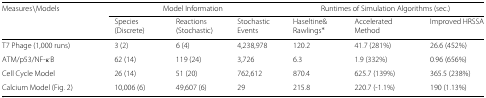
<table><thead><tr><td><b>Measures ∖Models</b></td><td colspan="3"><b>Model Information</b></td><td colspan="3"><b>Runtimes of Simulation Algorithms (sec.)</b></td></tr><tr><td></td><td><b>Species (Discrete)</b></td><td><b>Reactions (Stochastic)</b></td><td><b>Stochastic Events</b></td><td><b>Haseltine&amp; Rawlings <sup>∗</sup></b></td><td><b>Accelerated Method</b></td><td><b>Improved HRSSA</b></td></tr></thead><tbody><tr><td>T7 Phage (1,000 runs)</td><td>3 (2)</td><td>6 (4)</td><td>4,238,978</td><td>120.2</td><td>41.7 (281%)</td><td>26.6 (452%)</td></tr><tr><td>ATM/p53/NF- <i>κ</i>B</td><td>62 (14)</td><td>119 (24)</td><td>3,726</td><td>6.3</td><td>1.9 (332%)</td><td>0.96 (656%)</td></tr><tr><td>Cell Cycle Model</td><td>26 (14)</td><td>51 (20)</td><td>762,612</td><td>870.4</td><td>625.7 (139%)</td><td>365.5 (238%)</td></tr><tr><td>Calcium Model (Fig. 2)</td><td>10,006 (6)</td><td>49,607 (6)</td><td>29</td><td>215.8</td><td>220.7 (-1.1%)</td><td>190 (1.13%)</td></tr></tbody></table>